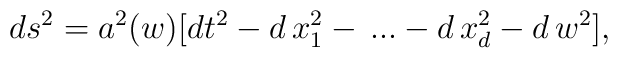
ds^2 = a^2(w) [ dt^2 - d\,x_1^2 -\,...-d\,x_{d}^2 - d\,w^2],